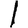
Digit: 1